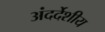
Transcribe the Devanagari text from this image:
अंदर्देशीय